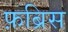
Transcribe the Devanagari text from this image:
फ़ब्रिस